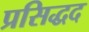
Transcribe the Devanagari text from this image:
प्रसिद्धद